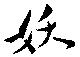
妖